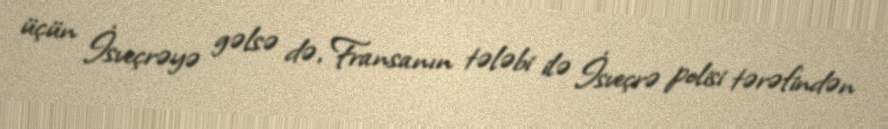
üçün İsveçrəyə gəlsə də, Fransanın tələbi ilə İsveçrə polisi tərəfindən